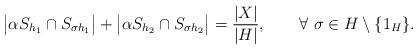
LaTeX: \begin{align*} \big|\alpha S_{h_1}\cap S_{\sigma h_1}\big|+ \big|\alpha S_{h_2}\cap S_{\sigma h_2}\big|=\frac{|X|}{|H|}, \qquad\forall~\sigma\in H\setminus\{1_H\}.\end{align*}